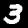
Digit: 3